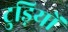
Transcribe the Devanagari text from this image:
टुड़ियों